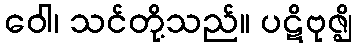
ဝေါ၊ သင်တို့သည်။ ပဋိဗုဇ္ဈိ